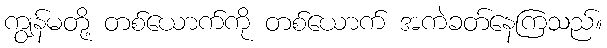
ကျွန်မတို့ တစ်ယောက်ကို တစ်ယောက် အကဲခတ်နေကြသည်။